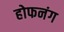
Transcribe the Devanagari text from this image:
होफनंग